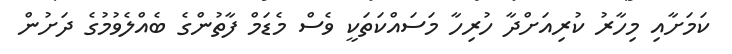
ކަމަށާއި މިހާރު ކުރިއަށްދާ ހުރިހާ މަސައްކަތަކީ ވެސް މެޑަމް ފާތުންގެ ބެއްލެވުމުގެ ދަށުން